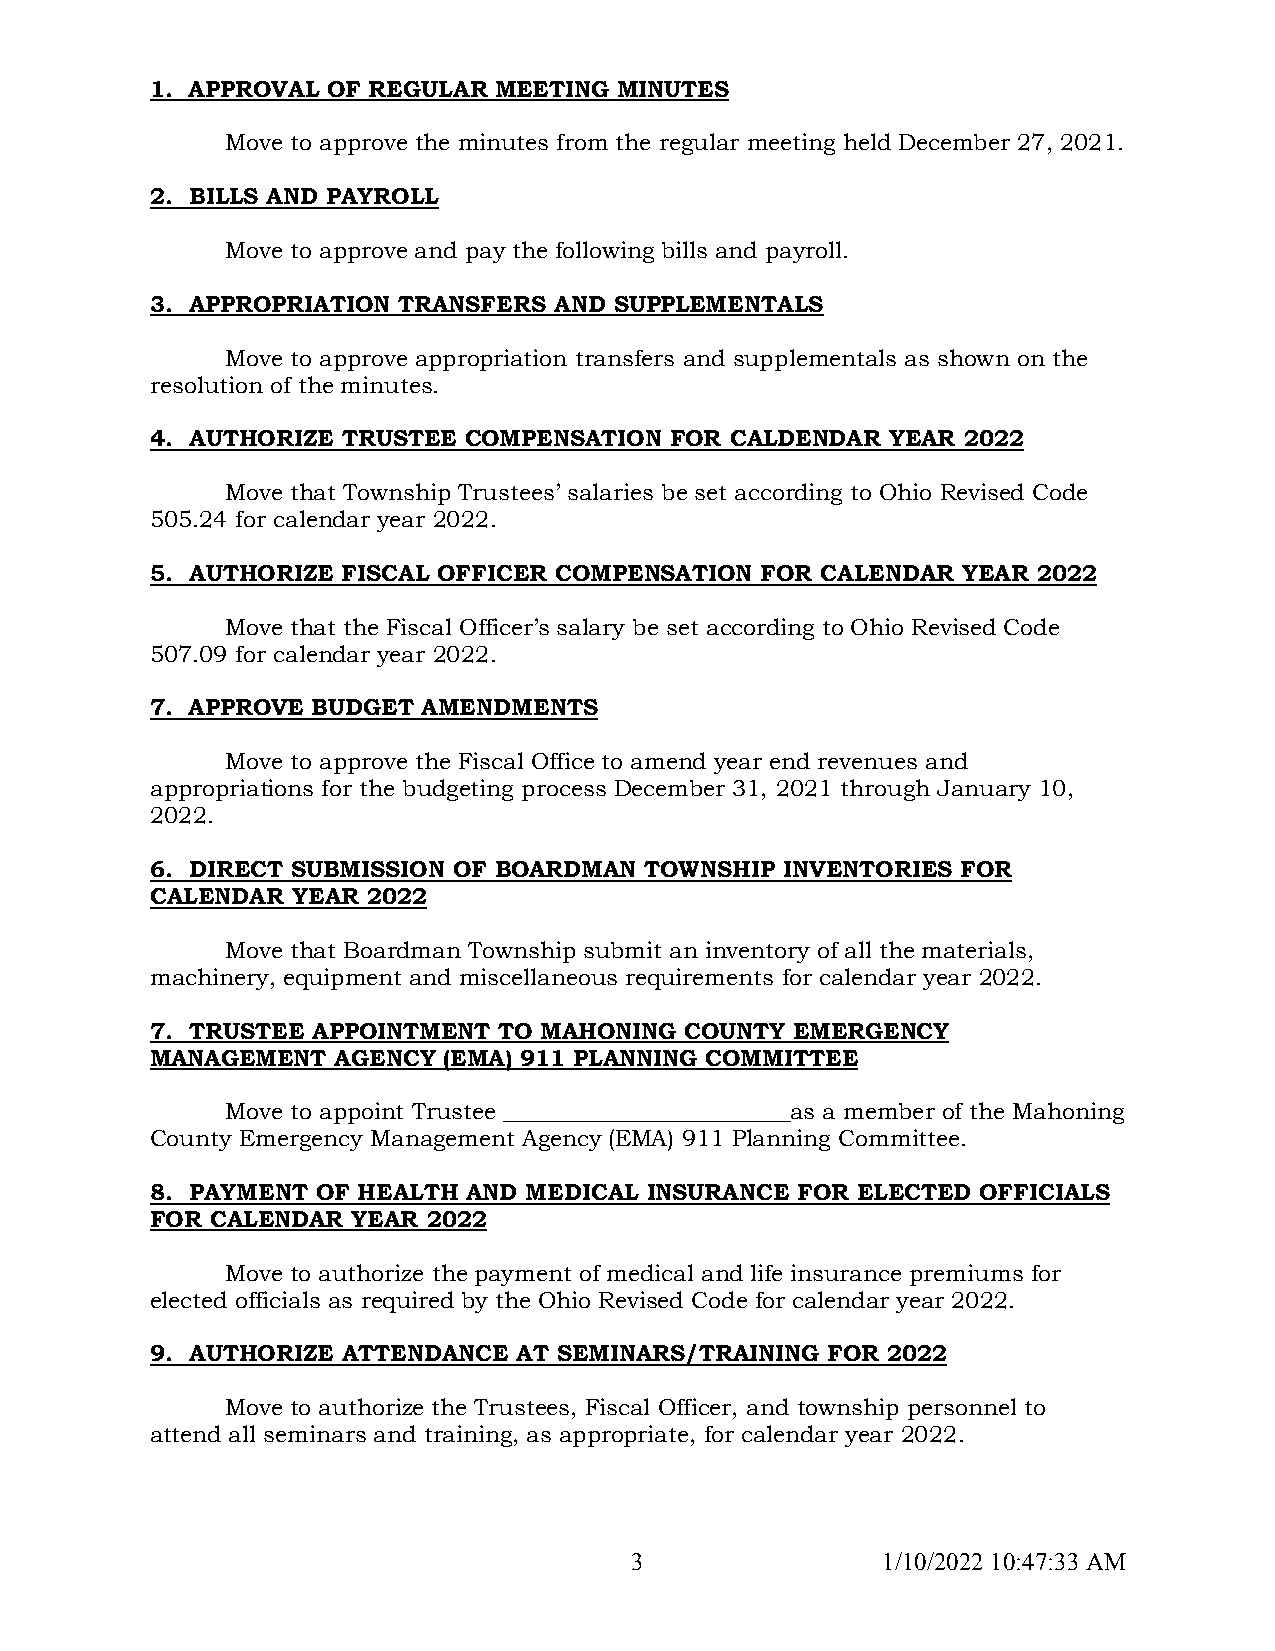
1. APPROVAL OF REGULAR MEETING MINUTES
 Move to approve the minutes from the regular meeting held December 27, 2021.
 2. BILLS AND PAYROLL
 Move to approve and pay the following bills and payroll.
 3. APPROPRIATION TRANSFERS AND SUPPLEMENTALS
 Move to approve appropriation transfers and supplementals as shown on the
 resolution of the minutes.
 4. AUTHORIZE TRUSTEE COMPENSATION FOR CALDENDAR  YEAR 2022
 Move that Township Trustees’ salaries be set according to Ohio Revised Code
 505.24 for calendar year 2022.
 5. AUTHORIZE FISCAL OFFICER COMPENSATION FOR CALENDAR YEAR 2022
 Move that the Fiscal Officer’s salary be set according to Ohio Revised Code
 507.09 for calendar year 2022.
 7. APPROVE BUDGET AMENDMENTS
 Move to approve the Fiscal Office to amend year end revenues and
 appropriations for the budgeting process December 31, 2021 through January 10,
 2022.
 6. DIRECT SUBMISSION OF BOARDMAN TOWNSHIP INVENTORIES FOR
 CALENDAR YEAR 2022
 Move that Boardman Township submit an inventory of all the materials,
 machinery, equipment and miscellaneous requirements for calendar year 2022.
 7. TRUSTEE APPOINTMENT TO MAHONING COUNTY EMERGENCY
 MANAGEMENT  AGENCY (EMA) 911 PLANNING COMMITTEE
 Move to appoint Trustee _________________________as a member of the Mahoning
 County Emergency Management Agency (EMA) 911 Planning Committee.
 8. PAYMENT OF HEALTH AND MEDICAL INSURANCE FOR ELECTED OFFICIALS
 FOR CALENDAR YEAR 2022
 Move to authorize the payment of medical and life insurance premiums for
 elected officials as required by the Ohio Revised Code for calendar year 2022.
 9. AUTHORIZE ATTENDANCE AT SEMINARS/TRAINING FOR 2022
 Move to authorize the Trustees, Fiscal Officer, and township personnel to
 attend all seminars and training, as appropriate, for calendar year 2022.
 3               1/10/2022 10:47:33 AM